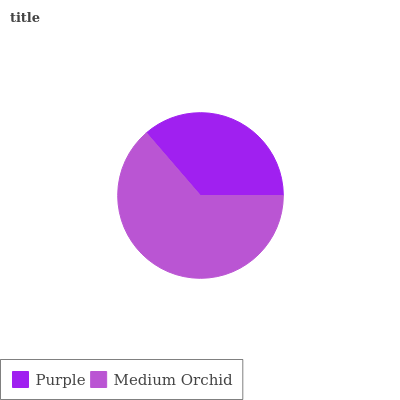
| Purple | Medium Orchid |
 | --- | --- |
 | 36.3% | 63.7% |